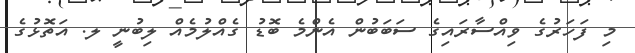
މި ފަހަރުގެ ވިއްސާރައިގެ ސަބަބުން އެންމެ ބޮޑު ގެއްލުމެއް ލިބުނީ ލ. އަތޮޅުގެ